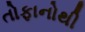
તોફાનોથી